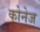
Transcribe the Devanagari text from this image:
कोनेज